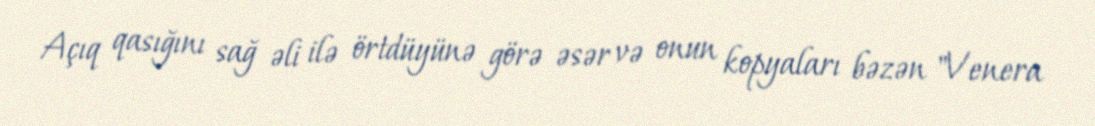
Açıq qasığını sağ əli ilə örtdüyünə görə əsər və onun kopyaları bəzən "Venera